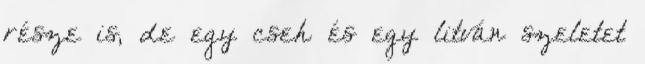
része is, de egy cseh és egy litván szeletet